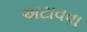
અટાવવા